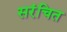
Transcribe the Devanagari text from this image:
सरंचित